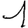
Digit: 1